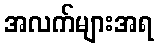
အလက်များအရ